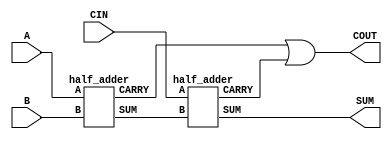
`timescale 1ns / 1ps

module full_adder(
    input A,
    input B,
    input CIN,
    output SUM,
    output COUT
    );
    wire SUM1, CARRY1, CARRY2;
    half_adder INST1(A, B, SUM1, CARRY1);
    half_adder INST2(CIN, SUM1, SUM, CARRY2);
    assign COUT = CARRY1 | CARRY2;
      
endmodule

module half_adder(
    input A,
    input B,
    output SUM,
    output CARRY
    );
    assign SUM = A^B;
    assign CARRY = A&B;
endmodule